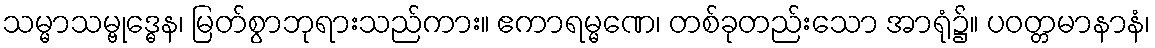
သမ္မာသမ္ဗုဒ္ဓေန၊ မြတ်စွာဘုရားသည်ကား။ ဧကာရမ္မဏေ၊ တစ်ခုတည်းသော အာရုံ၌။ ပဝတ္တမာနာနံ၊